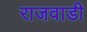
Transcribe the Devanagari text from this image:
राजवाडी